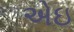
એઇ